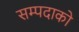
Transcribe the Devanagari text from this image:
सम्पदाको